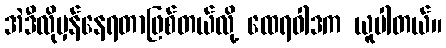
အဲဒီလိုမှန်နေရတာဖြစ်တယ်လို့ ထေရဝါဒက ယူပါတယ်။